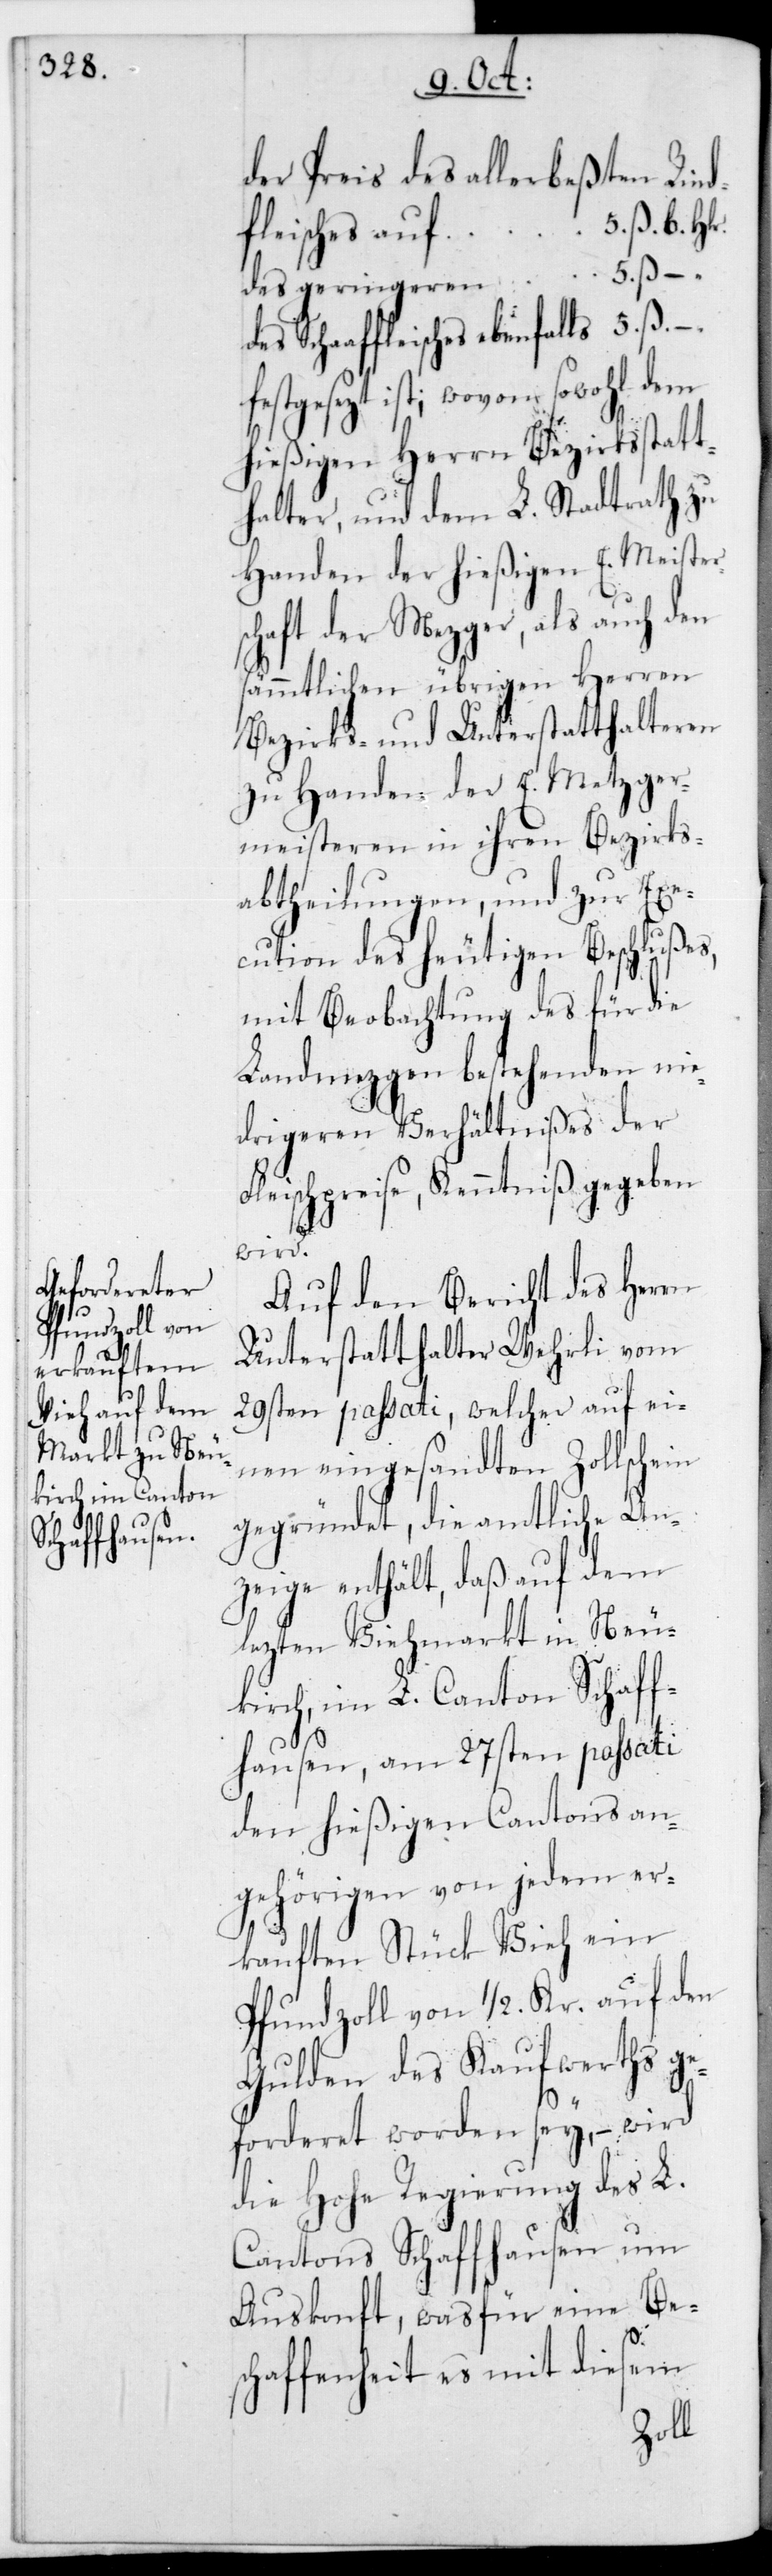
des geringeren
festgesezt ist; wovon sowohl dem
hießigen Herrn Bezirksstatt¬
halter und dem L. Stadtrath zu
Handen der hießigen E. Meister¬
schaft der Mezger, als auch den
sämmtlichen übrigen Herren
Bezirks- und Unterstatthalteren
zu Handen der E. Metzger¬
meisteren in ihren Bezirks¬
abtheilungen, und zur Exe¬
cution des heutigen Beschlußes,
mit Beobachtung des für die
Landmezgen bestehenden nie¬
drigeren Verhältnißes der
Fleischpreise, Kenntniß gegeben
wird.
Auf den Bericht des Herrn
Unterstatthalter Wehrli vom
29sten passati, welcher auf ei¬
nen eingesandten Zollschein
gegründet, die amtliche An¬
zeige enthält, daß auf dem
lezten Viehmarkt in Neu¬
kirch im L. Canton Schaff¬
hausen, am 27sten passati
den hießigen Cantonsan¬
gehörigen von jedem er¬
kauften Stück Vieh ein
Pfundzoll von 1/2 Kr. auf den
Gulden des Kaufwerths ge¬
forderet worden sey, – wird
die Hohe Regierung des L.
Cantons Schaffhausen um
Auskonft, was für eine Bes¬
5
chaffenheit es mit diesem